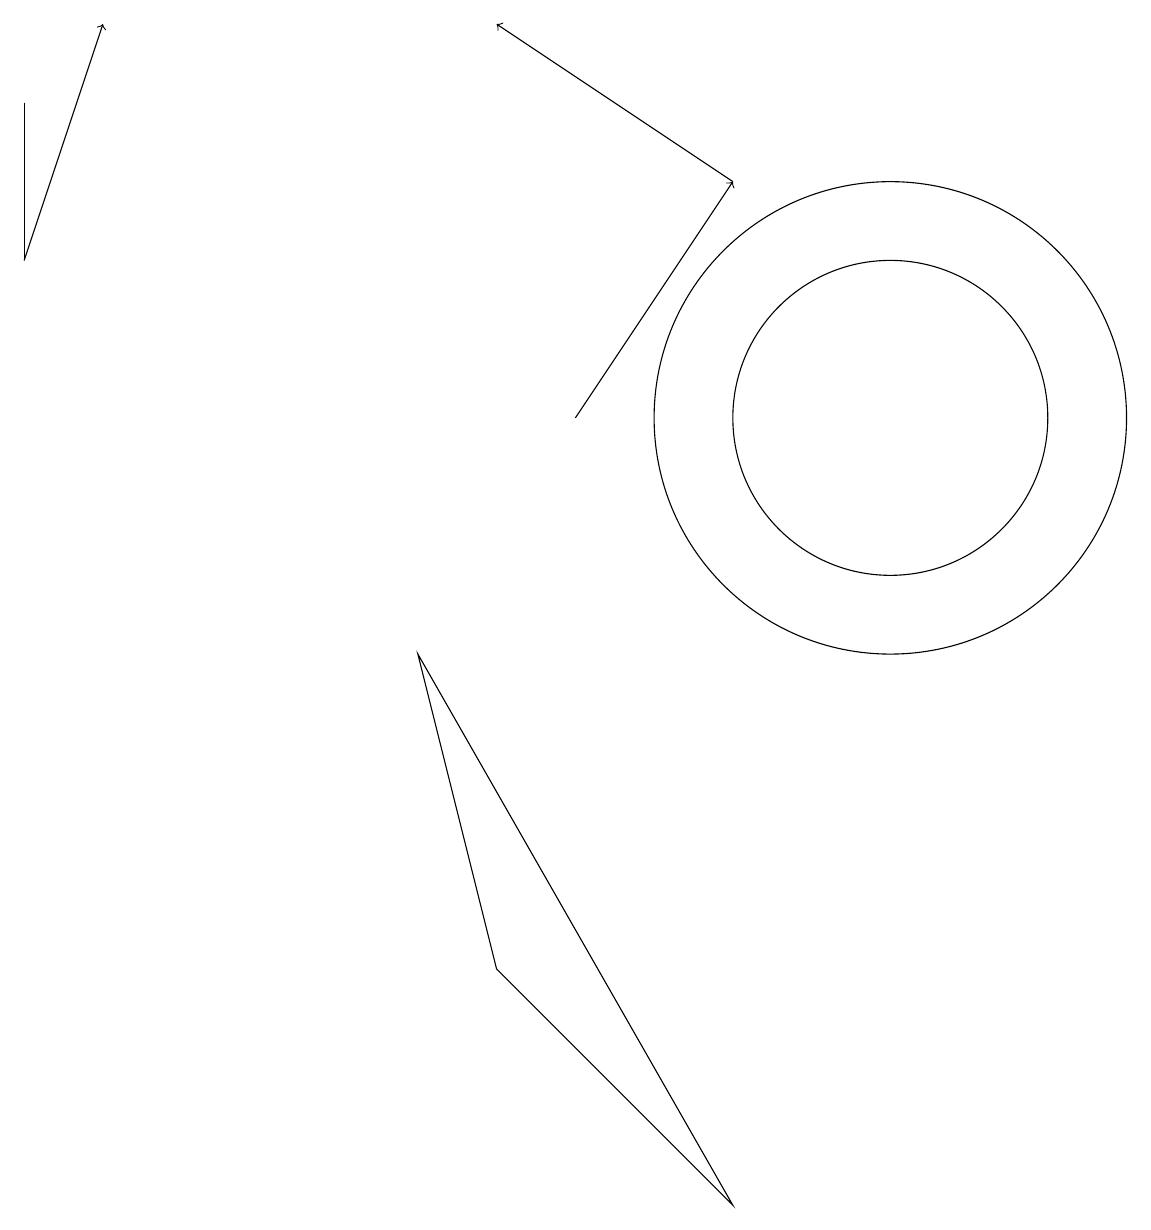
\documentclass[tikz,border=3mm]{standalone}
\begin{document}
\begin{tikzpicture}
\draw[->] (7,10) -- (9,13);
\draw (0,14) rectangle (0,12);
\draw (11,10) circle (3);
\draw[->] (0,12) -- (1,15);
\draw (5,7) -- (6,3) -- (9,0) -- cycle;
\draw (11,10) circle (2);
\draw[->] (9,13) -- (6,15);
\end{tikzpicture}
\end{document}